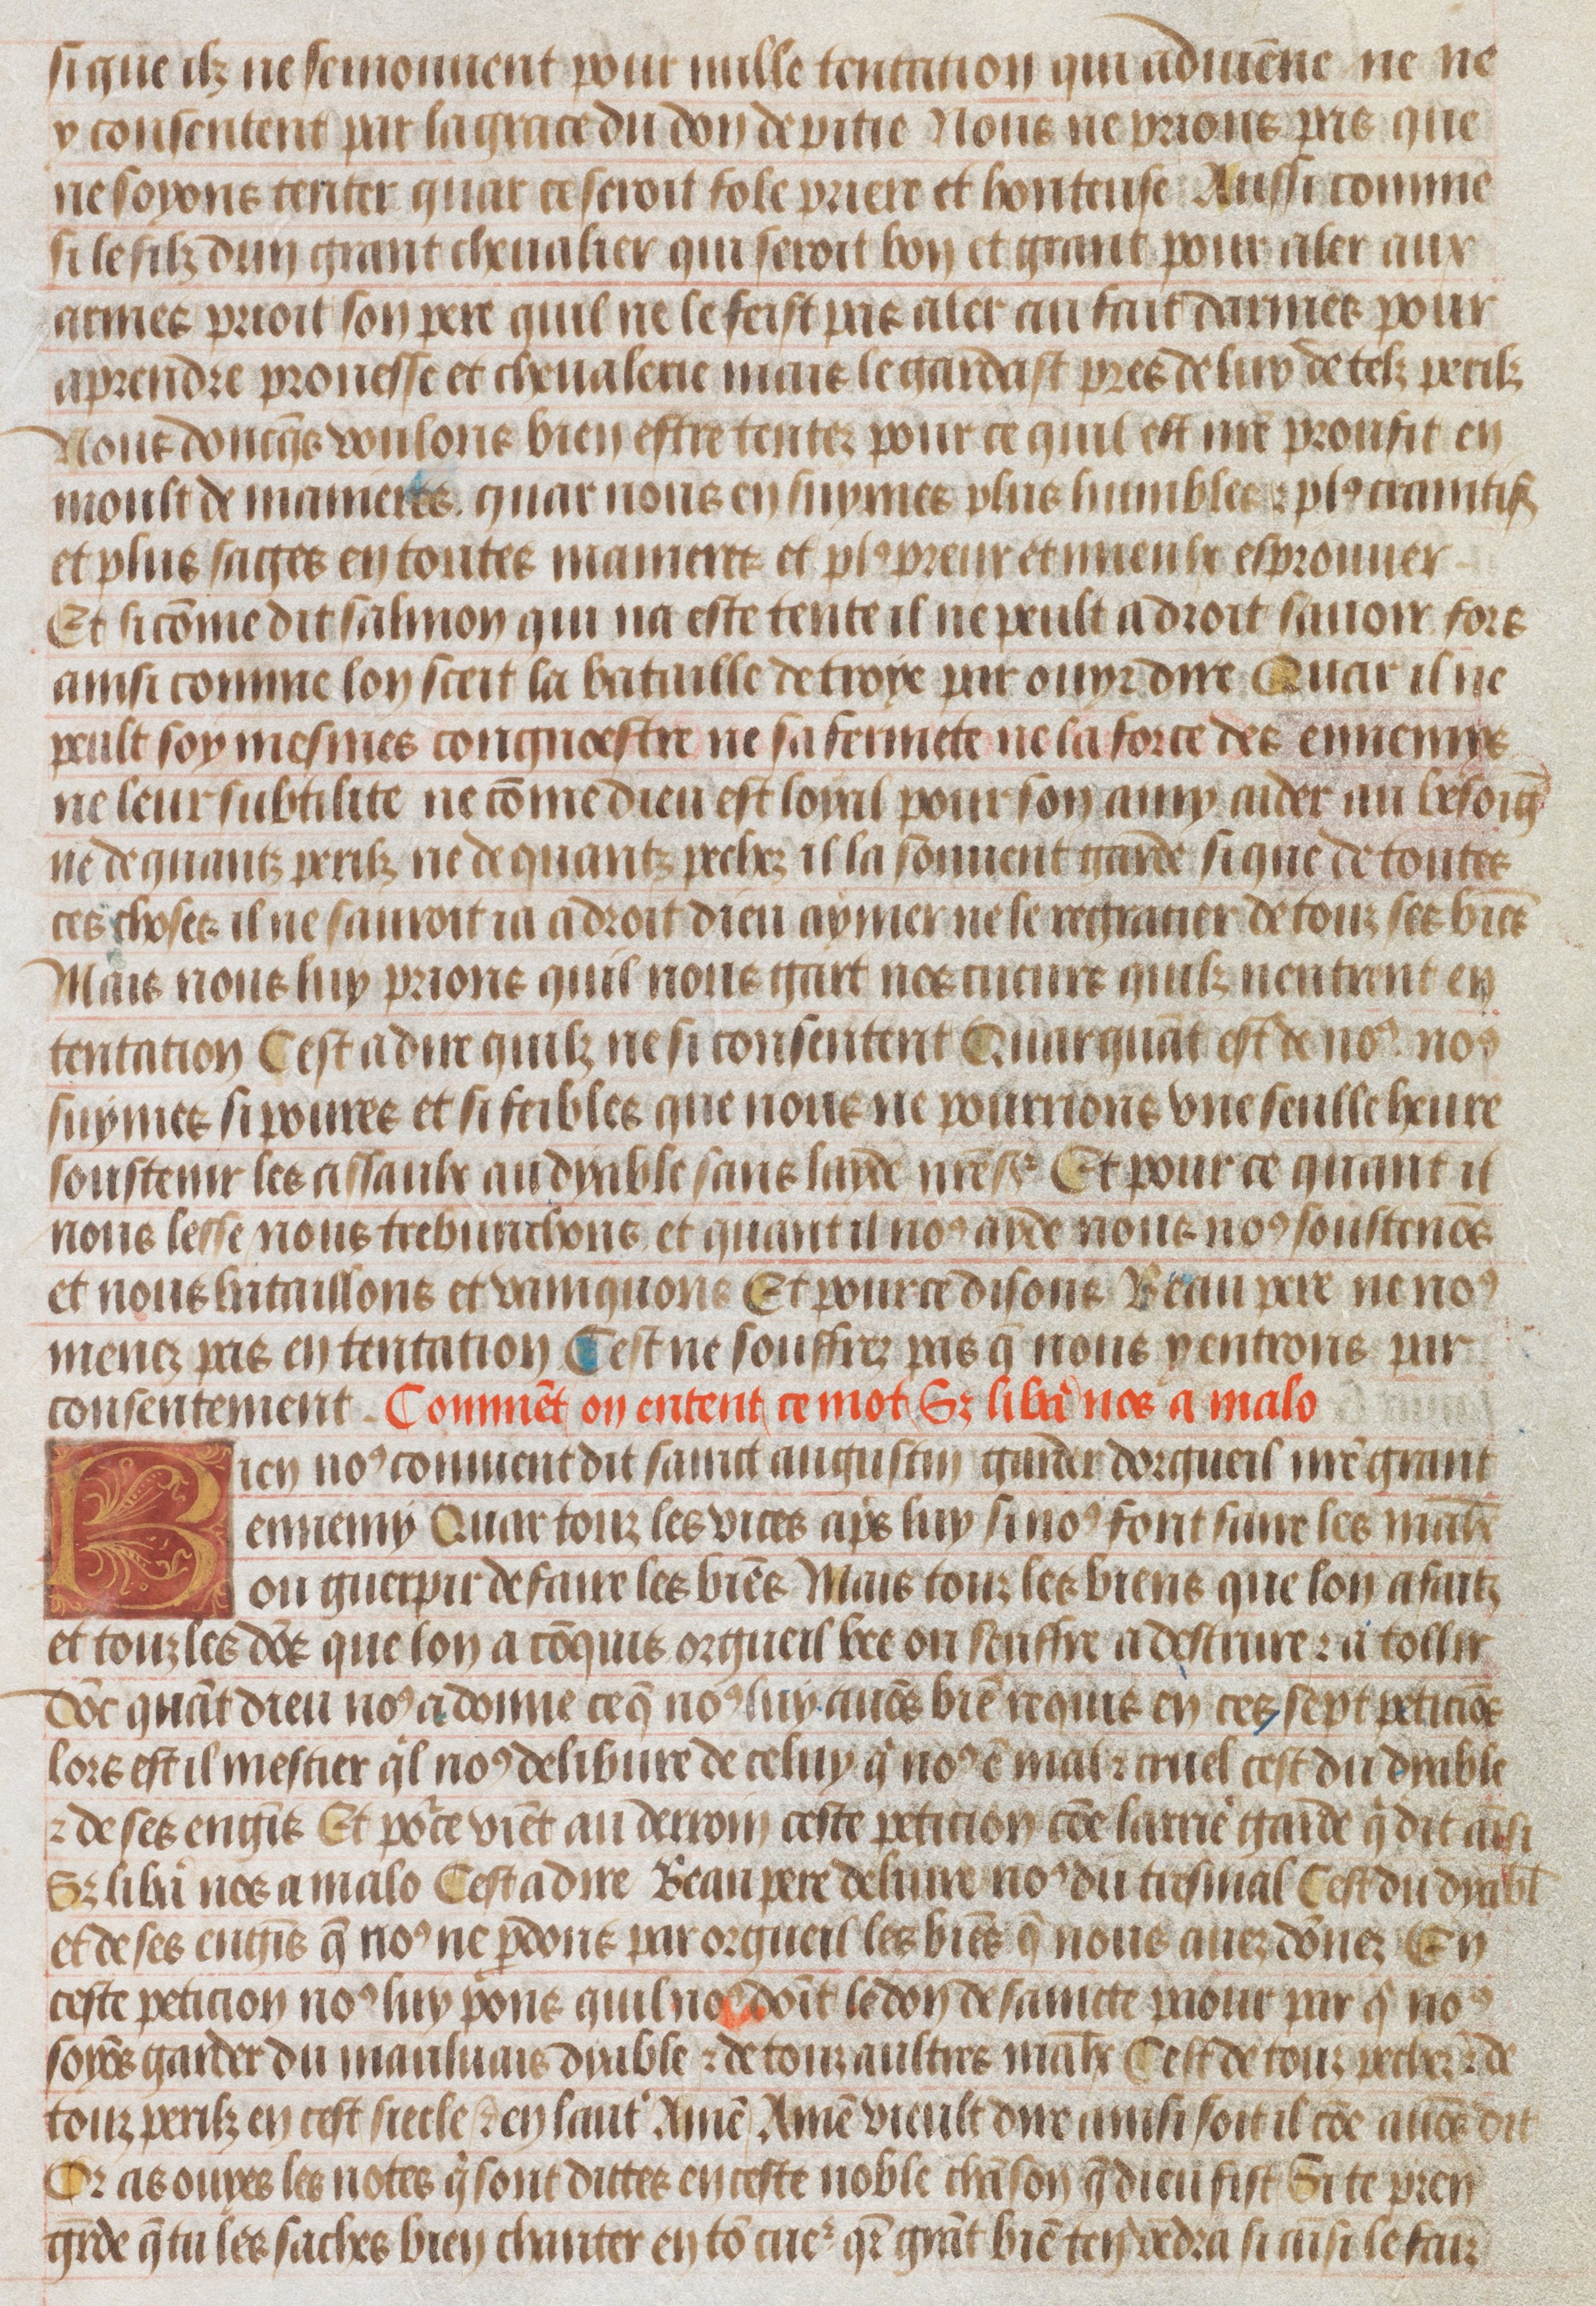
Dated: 1450–1475